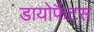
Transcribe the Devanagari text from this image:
डायोफैंटस